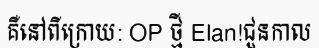
គឺនៅពីក្រោយ: OP ថ្មី Elan!ជួនកាល